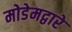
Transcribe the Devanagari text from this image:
मोडेमद्वारे